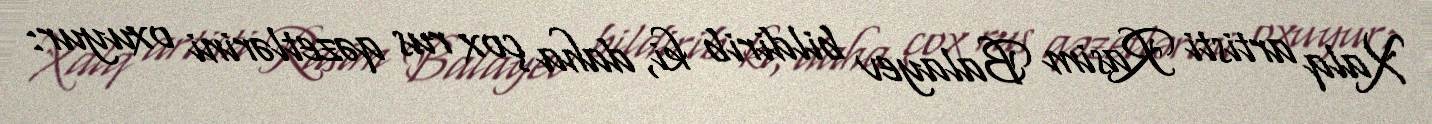
Xalq artisti Rasim Balayev bildirib ki, daha çox rus qəzetlərini oxuyur: